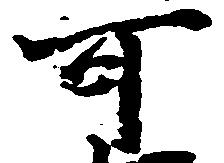
可